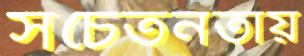
সচেতনতায়